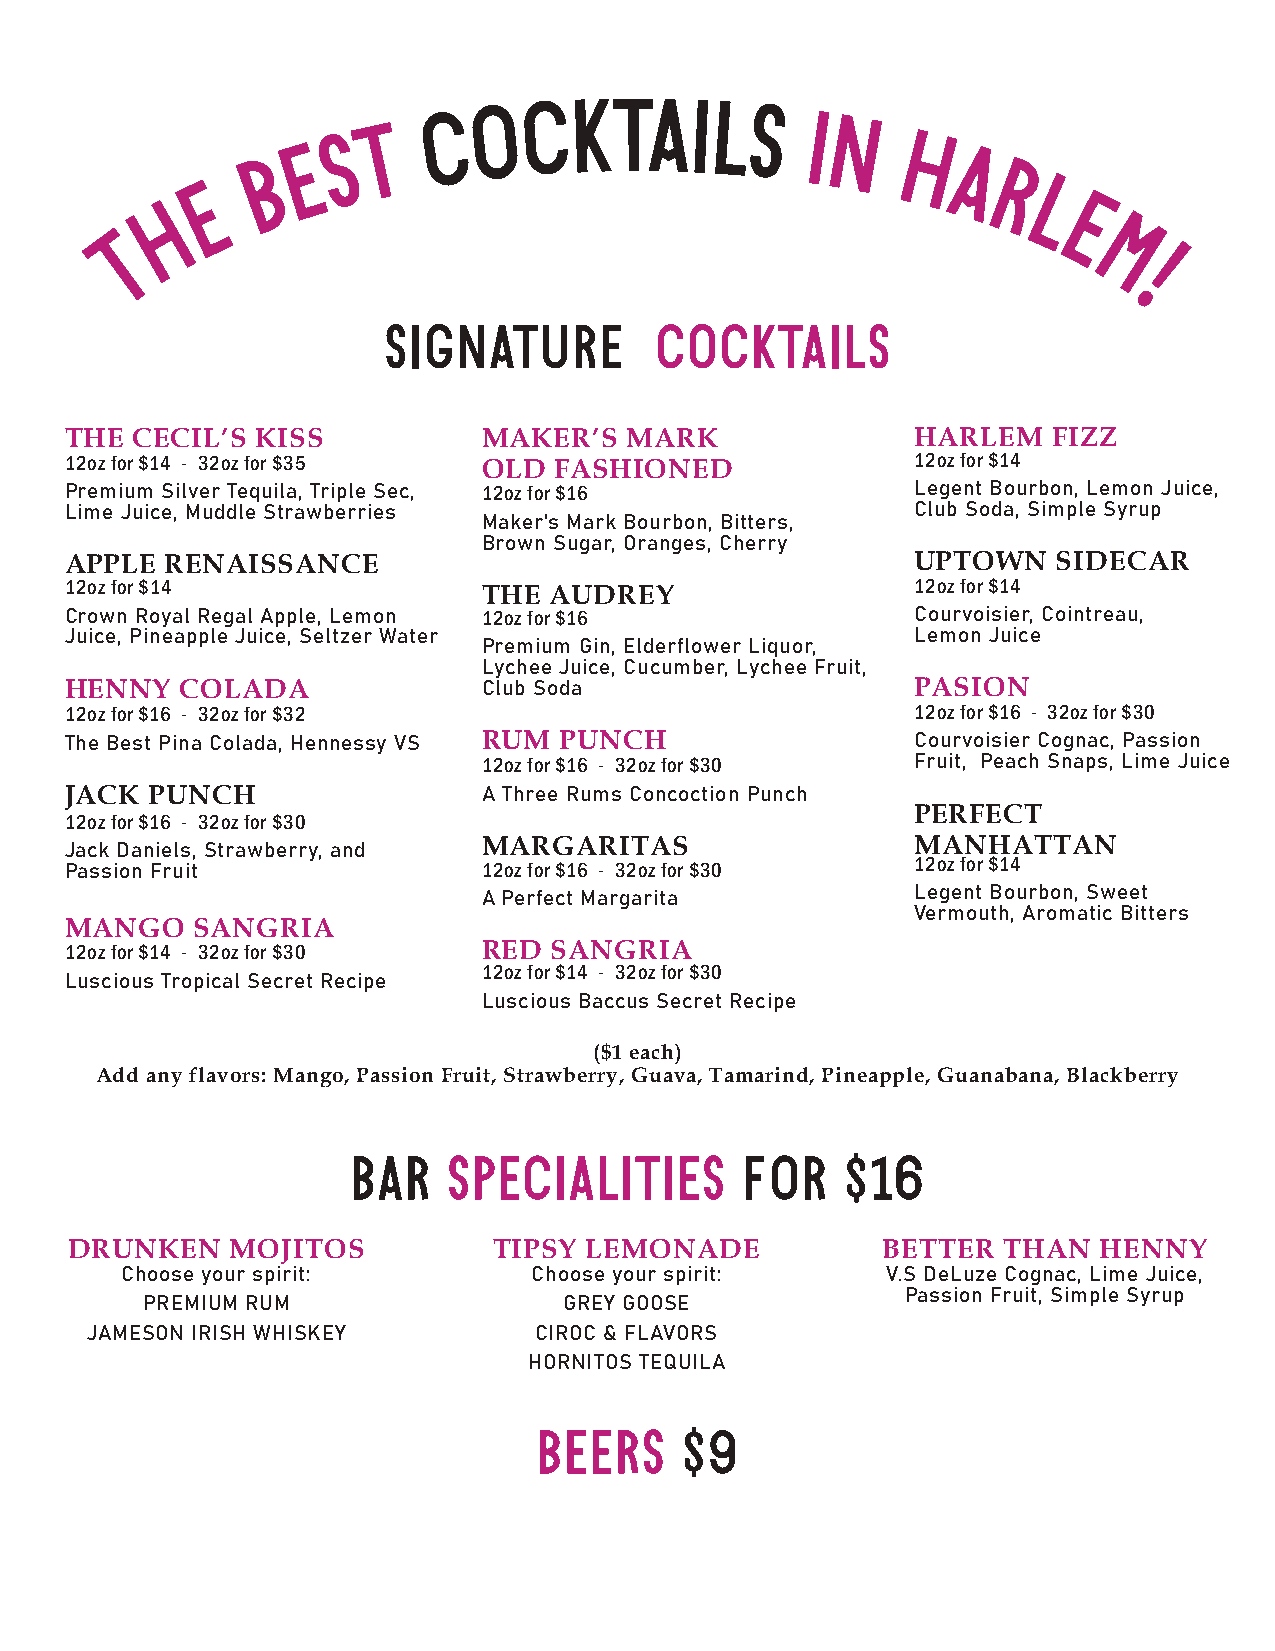
C   O  C  KTAILS         I
 T                            N
 S
 E                                      H
 B                                            A
 R
 E
 L
 H
 E
 T
 M
 !
 SIGNATURE         COCKTAILS
 THE  CECIL’S KISS           MAKER’S  MARK                HARLEM   FIZZ
 12ozfor$14 - 32ozfor$35     OLD  FASHIONED               12ozfor$14
 Premium Silver Tequila, Triple Sec, 12ozfor$16           Legent Bourbon, Lemon Juice,
 Lime Juice, Muddle Strawberries                          Club Soda, Simple Syrup
 Maker's Mark Bourbon, Bitters,
 Brown Sugar, Oranges, Cherry
 APPLE  RENAISSANCE                                       UPTOWN   SIDECAR
 12ozfor$14                                               12ozfor$14
 THE AUDREY
 Crown Royal Regal Apple, Lemon 12ozfor$16                Courvoisier, Cointreau,
 Juice, Pineapple Juice, Seltzer Water                    Lemon Juice
 Premium Gin, Elderflower Liquor,
 Lychee Juice, Cucumber, Lychee Fruit,
 HENNY   COLADA              Club Soda                    PASION
 12ozfor$16 - 32ozfor$32                                  12ozfor$16 - 32ozfor$30
 The Best Pina Colada, Hennessy VS RUM PUNCH              Courvoisier Cognac, Passion
 12ozfor$16 - 32ozfor$30      Fruit, Peach Snaps, Lime Juice
 JACK  PUNCH                 A Three Rums Concoction Punch
 PERFECT
 12ozfor$16 - 32ozfor$30
 Jack Daniels, Strawberry, and MARGARITAS                 MANHATTAN
 Passion Fruit               12ozfor$16 - 32ozfor$30      12ozfor$14
 A Perfect Margarita          Legent Bourbon, Sweet
 Vermouth, Aromatic Bitters
 MANGO    SANGRIA
 12ozfor$14 - 32ozfor$30     RED SANGRIA
 12ozfor$14 - 32ozfor$30
 Luscious Tropical Secret Recipe
 Luscious Baccus Secret Recipe
 ($1 each)
 Add any flavors: Mango, Passion Fruit, Strawberry, Guava, Tamarind, Pineapple, Guanabana, Blackberry
 BAR    SPECIALITIES       FOR    $16
 DRUNKEN   MOJITOS           TIPSY LEMONADE           BETTER  THAN   HENNY
 Choose your spirit:        Choose your spirit:     V.S DeLuze Cognac, Lime Juice,
 Passion Fruit, Simple Syrup
 PREMIUM RUM                 GREY GOOSE
 JAMESON IRISH WHISKEY        CIROC & FLAVORS
 HORNITOS TEQUILA
 BEERS    $9